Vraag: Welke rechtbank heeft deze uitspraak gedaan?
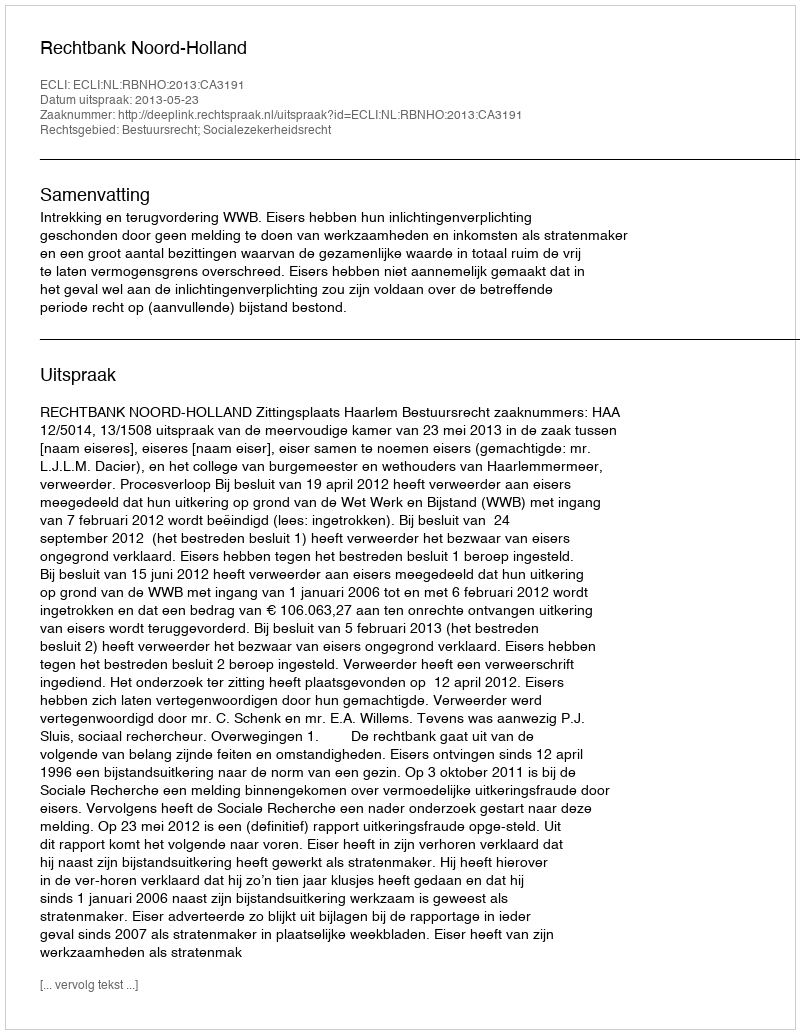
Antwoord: Rechtbank Noord-Holland